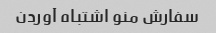
سفارش منو اشتباه آوردن